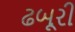
ઢબૂરી